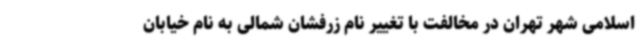
اسلامی شهر تهران در مخالفت با تغییر نام زرفشان شمالی به نام خیابان